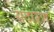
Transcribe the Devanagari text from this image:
सदारण